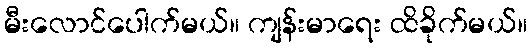
မီးလောင်ပေါက်မယ်။ ကျန်းမာရေး ထိခိုက်မယ်။